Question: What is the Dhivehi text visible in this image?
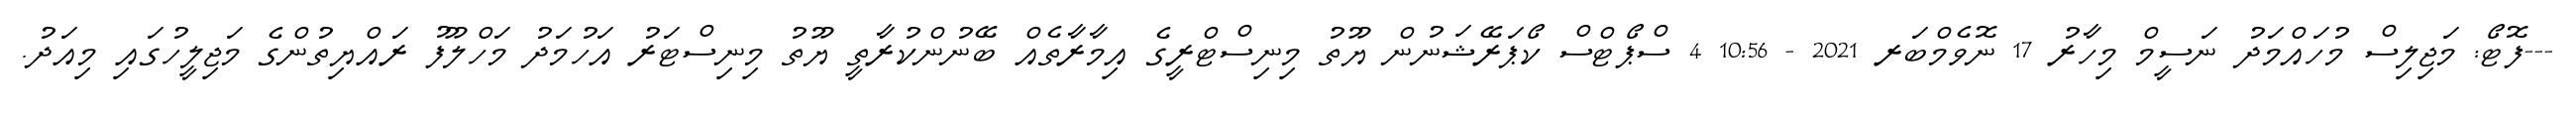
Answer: ---ފޮޓޯ: މަޖިލިސް މުހައްމަދު ނަސީމް މިހާރު 17 ނޮވެމްބަރ 2021 - 10:56 4 ސްޕޯޓްސް ކޯޕަރޭޝަނުން ޔޫތު މިނިސްޓްރީގެ އިމާރާތެއް ބޭނުންކުރާތީ ޔޫތު މިނިސްޓަރު އަހުމަދު މަހްލޫފު ރައްޔިތުންގެ މަޖިލީހުގައި މިއަދު.